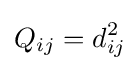
Q_{ij}=d_{ij}^{2}